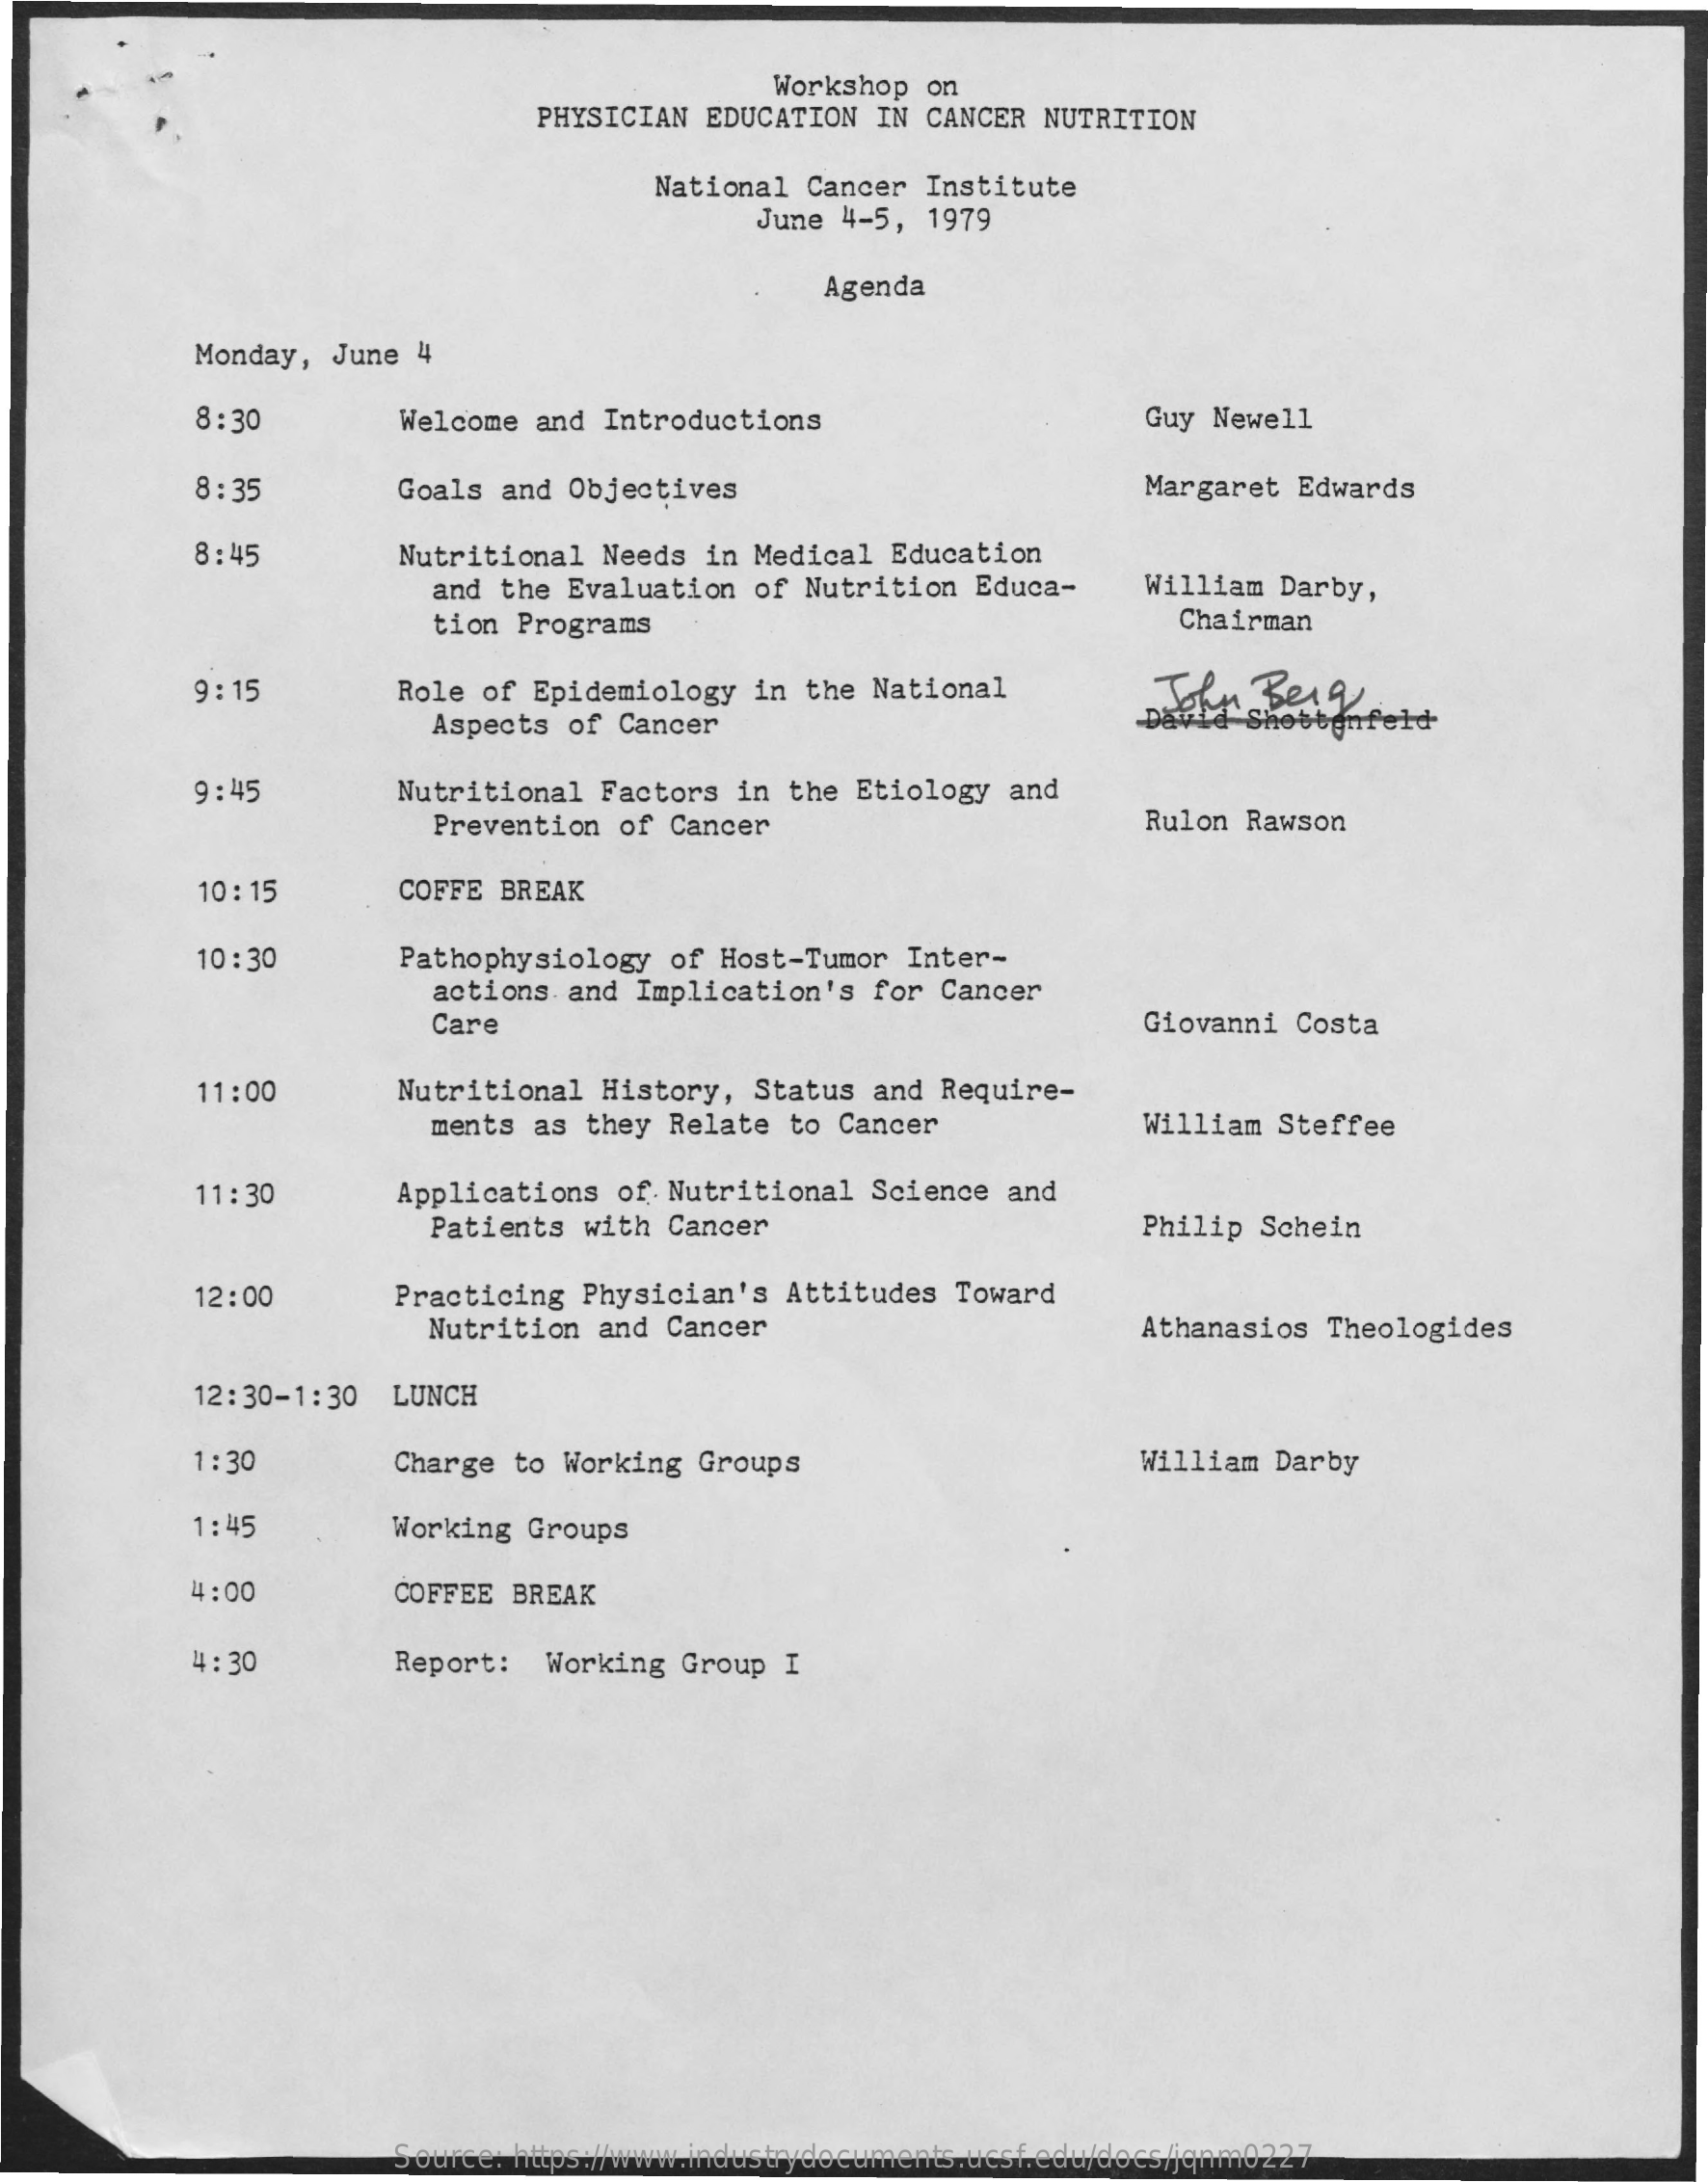
Workshop  on
     PHYSICIAN EDUCATION  IN CANCER  NUTRITION
     National  Cancer Institute
     June 4-5,  1979
     Agenda
     Monday, June  4
     8 : 30    Welcome and  Introductions    Guy Newell
     8 : 35    Goals and Objectives    Margaret  Edwards
     8:45    Nutritional  Needs in Medical  Education
     and the Evaluation  of  Nutrition  Educa-    William Darby,
     tion Programs    Chairman
     9: 15    Role of Epidemiology   in the National    John  Berg
     Aspects of  Cancer    David  Shotbenfeld
     9:45    Nutritional  Factors in  the Etiology  and
     Prevention  of Cancer    Rulon Rawson
     10 : 15    COFFE BREAK
     10 : 30    Pathophysiology  of Host-Tumor  Inter-
     actions  and Implication's  for Cancer
     Care    Giovanni Costa
     11:00    Nutritional  History, Status  and Require-
     ments as  they Relate  to Cancer    William  Steffee
     11:30    Applications  of Nutritional  Science  and
     Patients with  Cancer    Philip  Schein
     12:00    Practicing Physician's  Attitudes  Toward
     Nutrition  and Cancer    Athanasios  Theologides
     12:30-1:30  LUNCH
     1: 30    Charge to Working  Groups    William  Darby
     1:45    Working Groups
     4:00    COFFEE BREAK
     4: 30    Report:   Working  Group I
     Source: https://www.industrydocuments.ucsf.edu/docs/jqnm0227